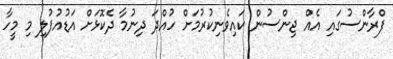
ފްރާންސުގައި އެއް ޖިންސުން ކައިވެނިކުރުމަށް ހުއްދަ ދިނުމާ ދެކޮޅަށް އަޑުއުފުލި މި މީހާ